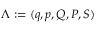
\Lambda : = ( q , p , Q , P , S )